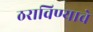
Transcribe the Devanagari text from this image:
ठराविण्याचे